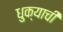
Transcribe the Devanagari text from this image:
धुक्याची